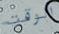
الوقت